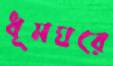
ধূমঘরে